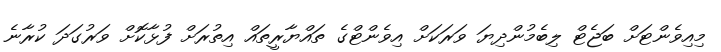
މިއިވެންޓަށް ބަޖެޓް ލިބެމުންދިޔަ ވަރަކަށް އިވެންޓްގެ ތައްޔާރީތައް އިތުރަށް ފުޅާކޮށް ވަރުގަދަ ކުރާނެ